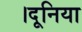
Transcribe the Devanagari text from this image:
।दूनिया